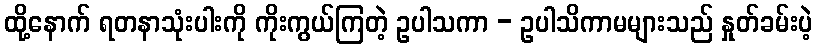
ထို့နောက် ရတနာသုံးပါးကို ကိုးကွယ်ကြတဲ့ ဥပါသကာ - ဥပါသိကာမများသည် နှုတ်ခမ်းပဲ့